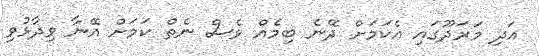
އަދި މަރަދޫގައި އެކަމަށް ދޭނެ ބިމެއް ވެސް ނެތް ކަމަށް އޭނާ ވިދާޅުވި